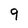
Character: 9